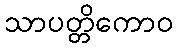
သာပတ္တိကောဝ